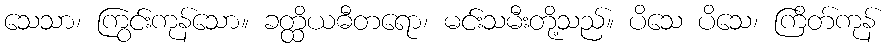
သေသာ၊ ကြွင်းကုန်သော။ ခတ္ထိယဓီတရော၊ မင်းသမီးတို့သည်။ ပိသေ ပိသေ၊ ကြိတ်ကုန်